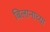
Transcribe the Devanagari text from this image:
बिलानाच्या